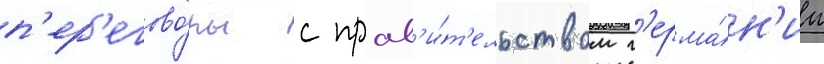
п'ер'егово́ры с прав'и́т'ельством г'ерма́н'ии